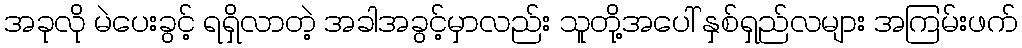
အခုလို မဲပေးခွင့် ရရှိလာတဲ့ အခါအခွင့်မှာလည်း သူတို့အပေါ် နှစ်ရှည်လများ အကြမ်းဖက်